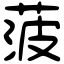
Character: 菠